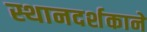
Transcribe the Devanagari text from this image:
स्थानदर्शकाने